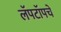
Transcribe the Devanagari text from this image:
लॅपटॉपचे